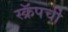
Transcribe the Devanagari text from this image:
स्क्रॅपची